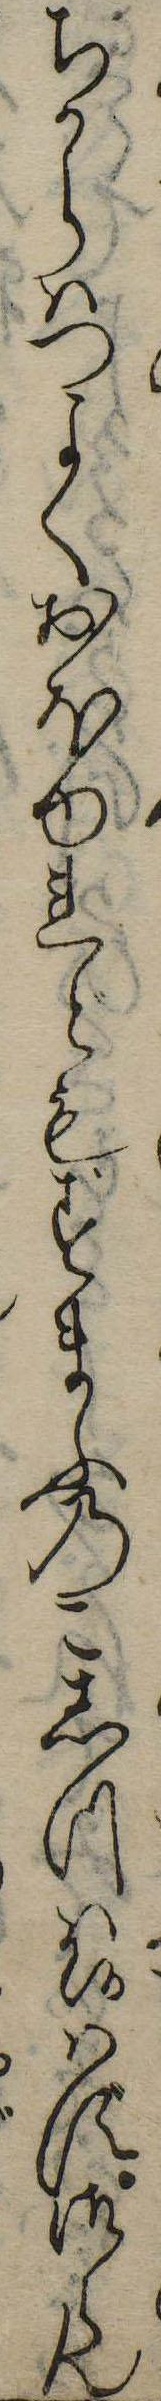
ちからはつよくおほゆれどもすまふのこしつは候はず御らん